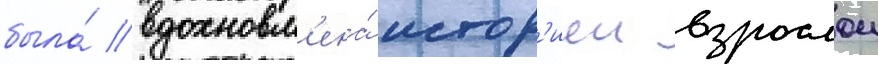
была́ вдохновл'ена́ истор'иеи взрослои